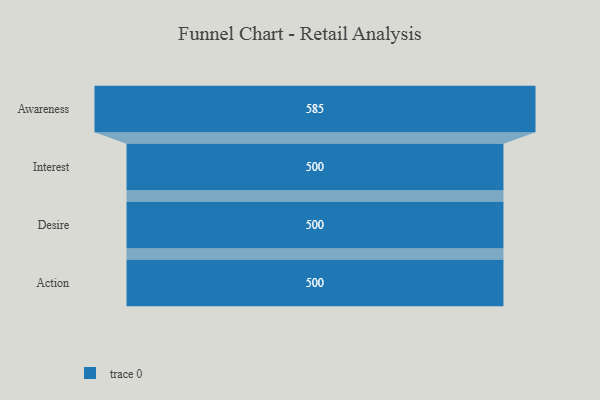
{"axis": {"x": "Stage", "y": "Value"}, "legend": [""], "data": [{"x": "Awareness", "y": 585.0, "type": ""}, {"x": "Interest", "y": 500, "type": ""}, {"x": "Desire", "y": 500, "type": ""}, {"x": "Action", "y": 500, "type": ""}]}